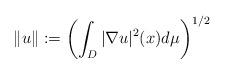
LaTeX: \begin{align*}\|u\|:= \left( \int_{D} |\nabla u|^2(x) d\mu \right)^{1/2}\end{align*}